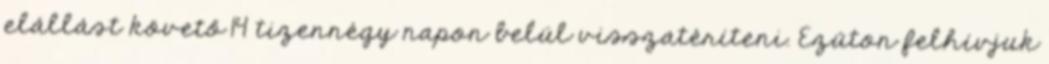
elállást követő 14 tizennégy napon belül visszatéríteni. Ezúton felhívjuk